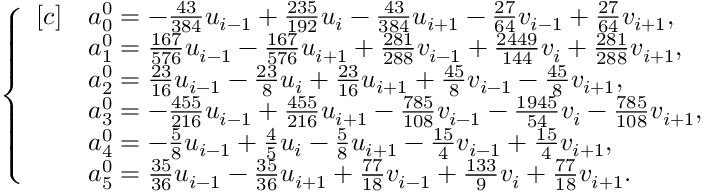
\begin{array} { r } { \left\{ \begin{array} { r l } { [ c ] } & { a _ { 0 } ^ { 0 } = - \frac { 4 3 } { 3 8 4 } u _ { i - 1 } + \frac { 2 3 5 } { 1 9 2 } u _ { i } - \frac { 4 3 } { 3 8 4 } u _ { i + 1 } - \frac { 2 7 } { 6 4 } v _ { i - 1 } + \frac { 2 7 } { 6 4 } v _ { i + 1 } , } \\ & { a _ { 1 } ^ { 0 } = \frac { 1 6 7 } { 5 7 6 } u _ { i - 1 } - \frac { 1 6 7 } { 5 7 6 } u _ { i + 1 } + \frac { 2 8 1 } { 2 8 8 } v _ { i - 1 } + \frac { 2 4 4 9 } { 1 4 4 } v _ { i } + \frac { 2 8 1 } { 2 8 8 } v _ { i + 1 } , } \\ & { a _ { 2 } ^ { 0 } = \frac { 2 3 } { 1 6 } u _ { i - 1 } - \frac { 2 3 } { 8 } u _ { i } + \frac { 2 3 } { 1 6 } u _ { i + 1 } + \frac { 4 5 } { 8 } v _ { i - 1 } - \frac { 4 5 } { 8 } v _ { i + 1 } , } \\ & { a _ { 3 } ^ { 0 } = - \frac { 4 5 5 } { 2 1 6 } u _ { i - 1 } + \frac { 4 5 5 } { 2 1 6 } u _ { i + 1 } - \frac { 7 8 5 } { 1 0 8 } v _ { i - 1 } - \frac { 1 9 4 5 } { 5 4 } v _ { i } - \frac { 7 8 5 } { 1 0 8 } v _ { i + 1 } , } \\ & { a _ { 4 } ^ { 0 } = - \frac { 5 } { 8 } u _ { i - 1 } + \frac { 4 } { 5 } u _ { i } - \frac { 5 } { 8 } u _ { i + 1 } - \frac { 1 5 } { 4 } v _ { i - 1 } + \frac { 1 5 } { 4 } v _ { i + 1 } , } \\ & { a _ { 5 } ^ { 0 } = \frac { 3 5 } { 3 6 } u _ { i - 1 } - \frac { 3 5 } { 3 6 } u _ { i + 1 } + \frac { 7 7 } { 1 8 } v _ { i - 1 } + \frac { 1 3 3 } { 9 } v _ { i } + \frac { 7 7 } { 1 8 } v _ { i + 1 } . } \end{array} \right. } \end{array}